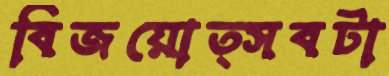
বিজয়োত্সবটা